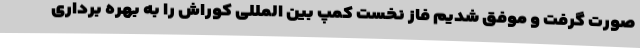
صورت گرفت و موفق شدیم فاز نخست کمپ بین المللی کوراش را به بهره برداری